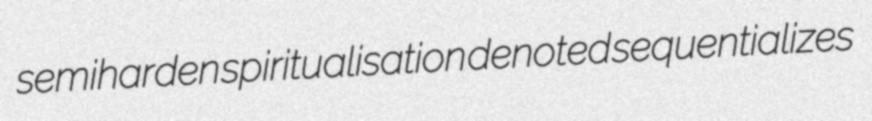
semiharden spiritualisation denoted sequentializes